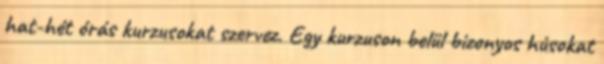
hat-hét órás kurzusokat szervez. Egy kurzuson belül bizonyos húsokat